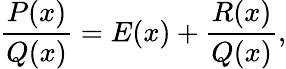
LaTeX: {\frac{P(x)}{Q(x)}}=E(x)+{\frac{R(x)}{Q(x)}},